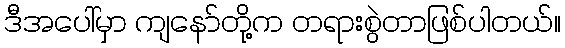
ဒီအပေါ်မှာ ကျနော်တို့က တရားစွဲတာဖြစ်ပါတယ်။